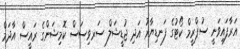
އަރާފައިވަނީ ސުޕްރީމް ކޯޓުގެ ފަނޑިޔާރު އަދި ޖުޑީޝަލް ސަރވިސަސް ކޮމިޝަންގެ ރައީސް އާދަމް